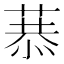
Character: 𦷧